Document type: Sale
Year: 1235
Scribe: Pere de Bages
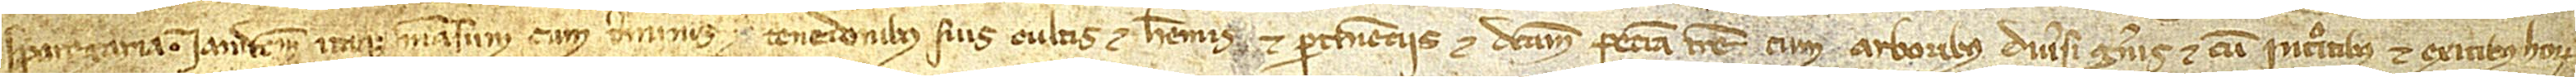
Sparegaria. Iamdictum itaque mansum, cum terminis et tenedonibus suis, cultis et heremis, et pertinenciis, et dictam peciam terre cum arboribus diversi generis et cum introitibus et exitibus horum,